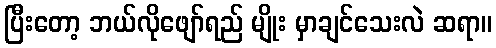
ပြီးတော့ ဘယ်လိုဖျော်ရည် မျိုး မှာချင်သေးလဲ ဆရာ။